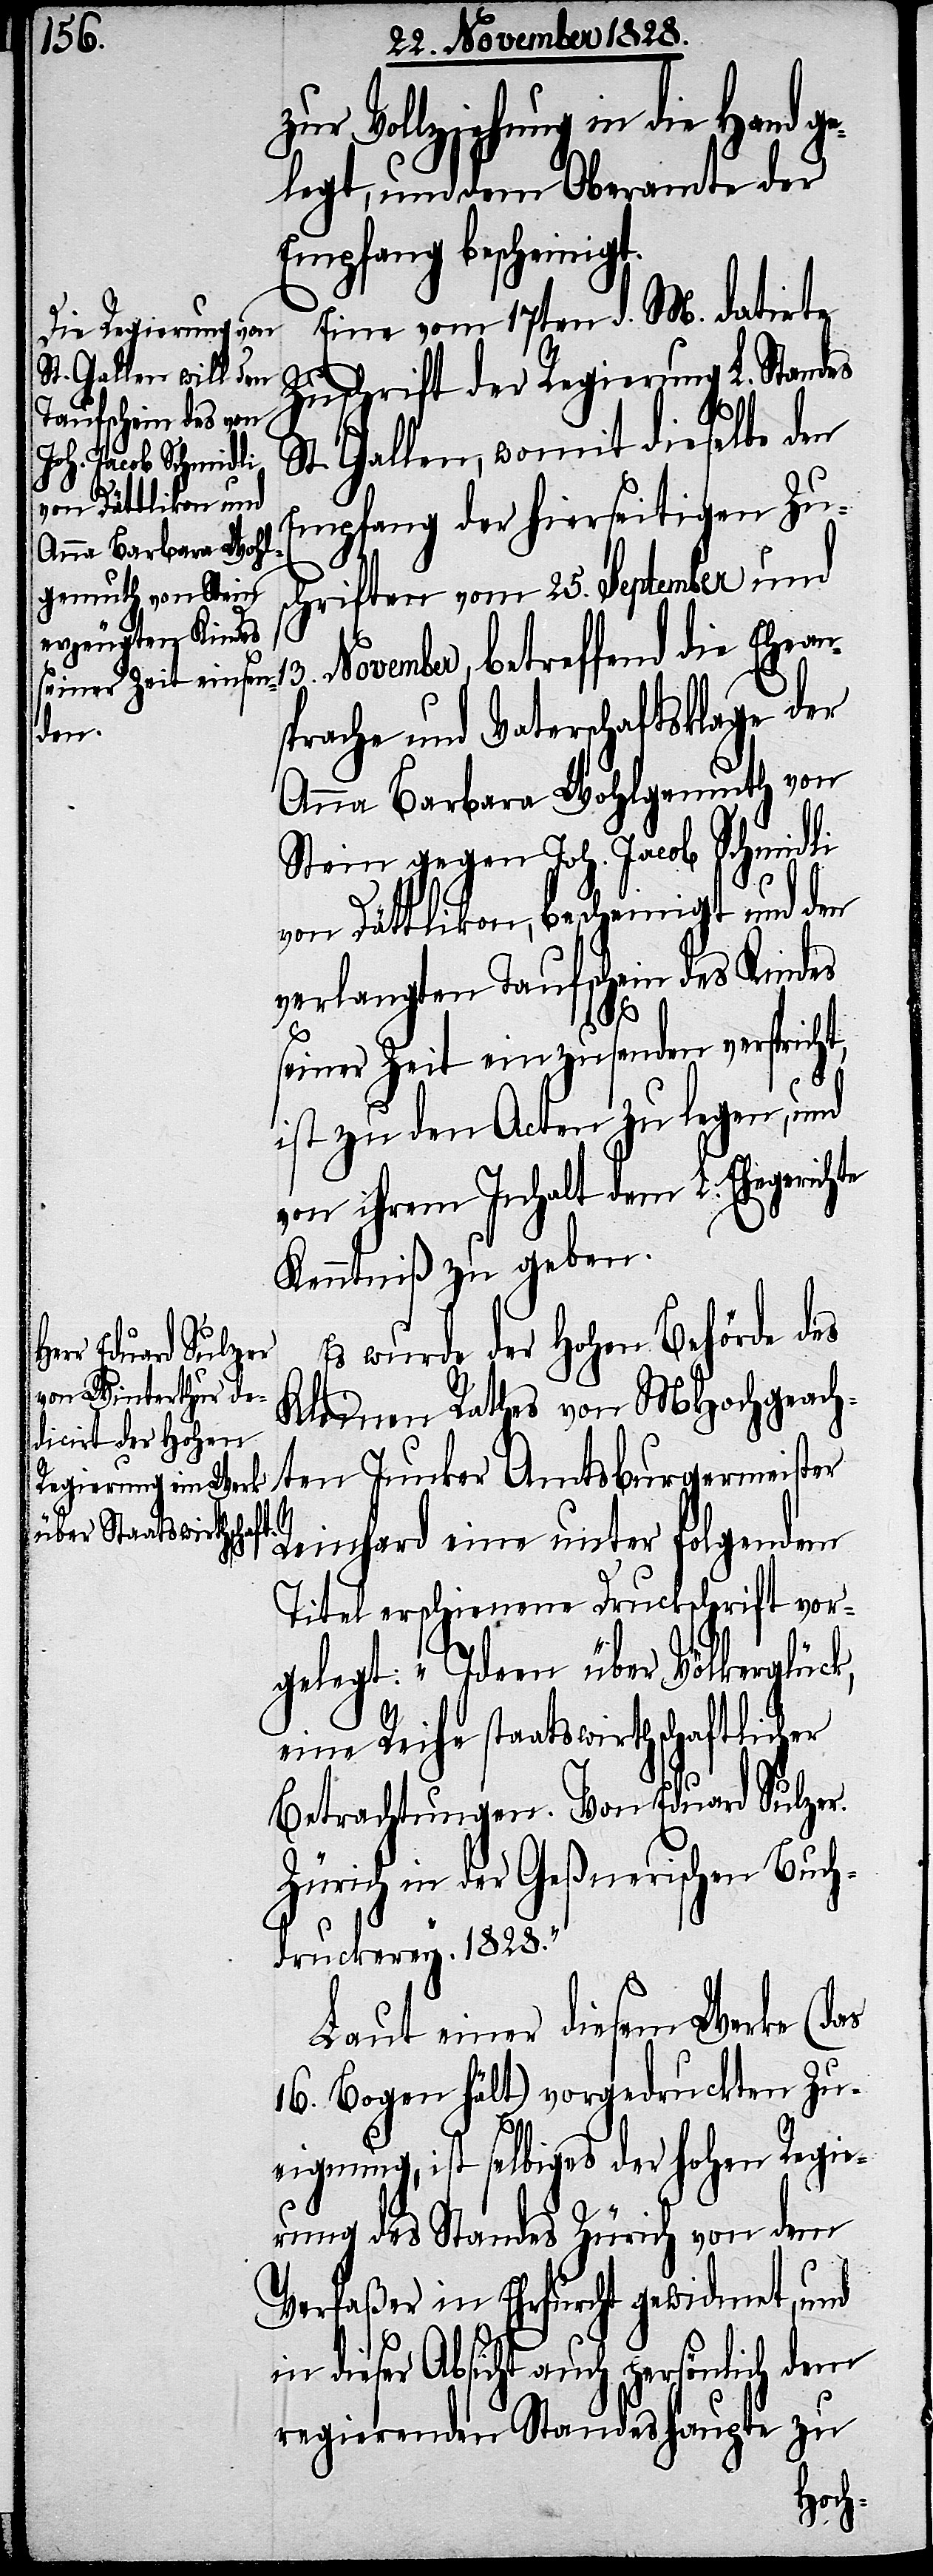
betreffend die Ehean¬
elegt, und dem Oberamte der
Empfang bescheinigt.
Eine vom 17ten d. M. datirte
Zuschrift der Regierung L. Standes
St. Gallen, womit dieselbe den
Empfang der hierseitigen Zu¬
schriften vom 25. September und
sprache und Vaterschaftsklage der
Anna Barbara Wohlgemuth von
Stein gegen Joh. Jacob Schmidli
von Dättlikon, bescheinigt und den
verlangten Taufschein des Kindes
13.
seiner Zeit einzusenden verspricht,
ist zu den Acten zu legen, und
von ihrem Inhalt dem L. Ehegerich¬
Kenntniß zu geben.
Es wurde der Hohen Behörde des
Kleinen Rathes von MHochgeach¬
ten Junker Amtsburgermeister
te
Reinhard eine unter folgendem
Titel erschienene Druckschrift vor¬
gelegt: „Ideen über Völkerglück,
eine Reihe staatswirthschaftlicher
Betrachtungen. Von Eduard Sulzer.
Zürich in der Geßnerischen Buch¬
druckerey. 1828.“
Laut einer diesem Werke (das
16. Bogen hält) vorgedruckten Zu¬
eignung, ist selbiges der hohen Regie¬
rung des Standes Zürich von dem
Verfaßer in Ehrfurcht gewidmet, und
in dieser Absicht auch persönlich dem
regierenden Standeshaupte zu